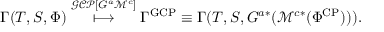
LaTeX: \Gamma ( T , S , \Phi ) \stackrel { \mathcal { G C P } [ G ^ { a } \mathcal { M } ^ { c } ] } { \longmapsto } \Gamma ^ { \mathrm { G C P } } \equiv \Gamma ( T , S , G ^ { a * } ( \mathcal { M } ^ { c * } ( \Phi ^ { \mathrm { C P } } ) ) ) .